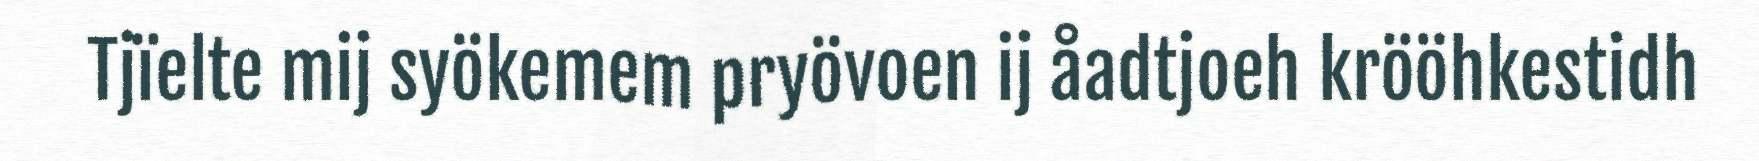
Tjïelte mij syökemem pryövoen ij åadtjoeh krööhkestidh